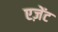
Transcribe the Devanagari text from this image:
एज़ेंट